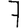
Digit: 7